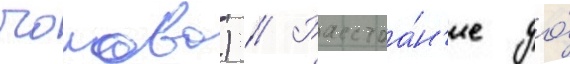
чолово) // Расстоа́н'ие до́